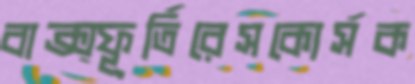
বাক্‌স্ফূর্তিরেসকোর্সক